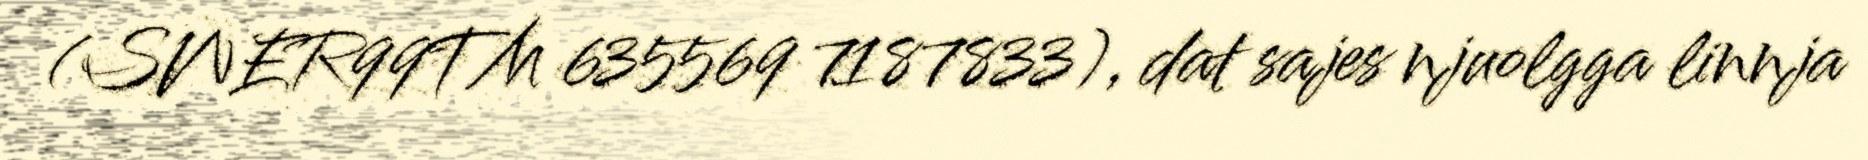
(SWER99TM 635569 7187833), dat sajes njuolgga linnja